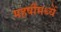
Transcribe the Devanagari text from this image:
महर्षीमध्यें